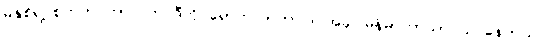
မနှစ်ရဲ့ စက်တင်ဘာလက ဒီကို ရောက်လာတာပါ၊ အခု မြန်မာဘာသာ သင်နေတယ်၊